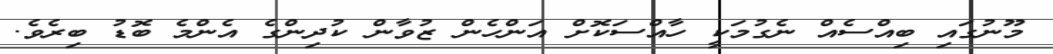
މޫނުގައި ބިއްސެއް ނެގުމަކީ ހާއްސަކޮށް އަންހެން ޒުވާން ކުދިންގެ އެންމެ ބޮޑު ބިރެވެ.